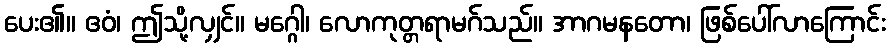
ပေး၏။ ဧဝံ၊ ဤသို့လျှင်။ မဂ္ဂေါ၊ လောကုတ္တရာမဂ်သည်။ အာဂမနတော၊ ဖြစ်ပေါ်လာကြောင်း